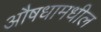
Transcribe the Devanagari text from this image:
औषधामधील